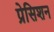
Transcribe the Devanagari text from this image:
प्रेसिशन